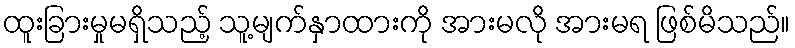
ထူးခြားမှုမရှိသည့် သူ့မျက်နှာထားကို အားမလို အားမရ ဖြစ်မိသည်။